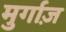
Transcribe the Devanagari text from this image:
मुर्गाज़